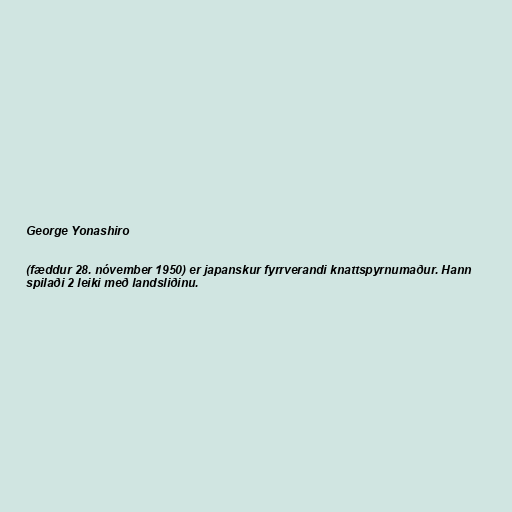
George Yonashiro

(fæddur 28. nóvember 1950) er japanskur fyrrverandi knattspyrnumaður. Hann
spilaði 2 leiki með landsliðinu.